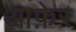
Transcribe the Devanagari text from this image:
आफ़ेर